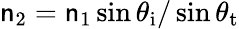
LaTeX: \mathsf{n}_{2}=\mathsf{n}_{1}\sin\theta_{\mathrm{{i}}}/\sin\theta_{\mathrm{{t}}}